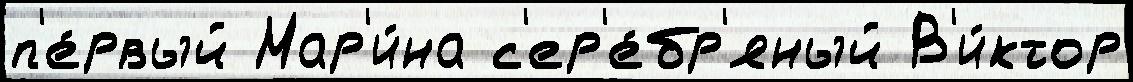
п'е́рвый Мар'и́на с'ер'е́бр'яный В'и́ктор